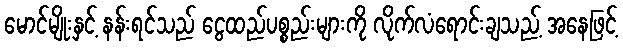
မောင်မျိုးနှင့် နန်းရင်သည် ငွေထည်ပစ္စည်းများကို လိုက်လံရောင်းချသည့် အနေဖြင့်